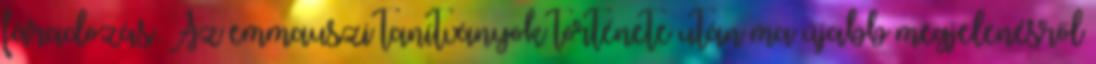
fáradozás. Az emmauszi tanítványok története után ma újabb megjelenésről